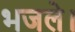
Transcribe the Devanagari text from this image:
भजले।